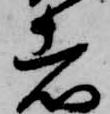
者